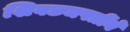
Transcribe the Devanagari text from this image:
शिवछञपतींने